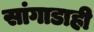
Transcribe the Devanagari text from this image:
सांगाडाही